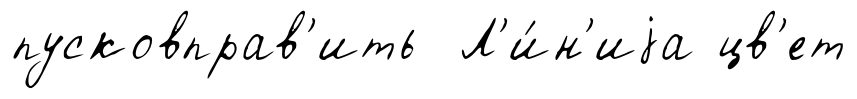
пусковправ'ить Л'и́н'иjа цв'ет